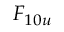
F _ { 1 0 u }